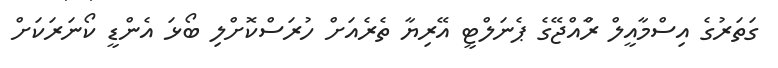
ގަތަރުގެ އިސްމާއީލް ރާްއްޖޭގެ ޕެނަލްޓީ އޭރިޔާ ތެރެއަށް ހުރަސްކޮށްލި ބޯޅަ އެންޑީ ކޯނަރަކަށް